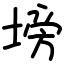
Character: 塝